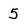
Character: 5